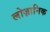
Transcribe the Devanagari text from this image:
लोज़ानिक